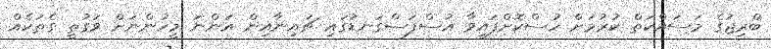
ބްރިޖުގެ މަސައްކަތް ކުރުމަށް ހުސްކޮށްފައިވާ އުސްފަސްގަނޑުގައި ޗައިނާއިން އަންނަ މީހުންނަށް ވަގުތީ ގެތަކެއް